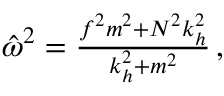
\begin{array} { r } { \hat { \omega } ^ { 2 } = \frac { f ^ { 2 } m ^ { 2 } + N ^ { 2 } k _ { h } ^ { 2 } } { k _ { h } ^ { 2 } + m ^ { 2 } } \, , } \end{array}